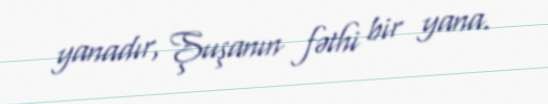
yanadır, Şuşanın fəthi bir yana.